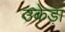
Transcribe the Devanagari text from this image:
उकेड़ा